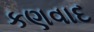
કણવાદ